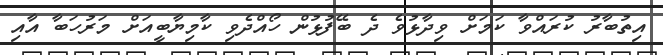
އިތުބާރު ކުރައްވާ ކަމަށް ވިދާޅުވެ ދެ ބޭފުޅުން ހޯއްދެވި ކާމިޔާބީއަށް މަރުހަބާ އާއި